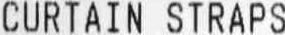
CURTAIN STRAPS